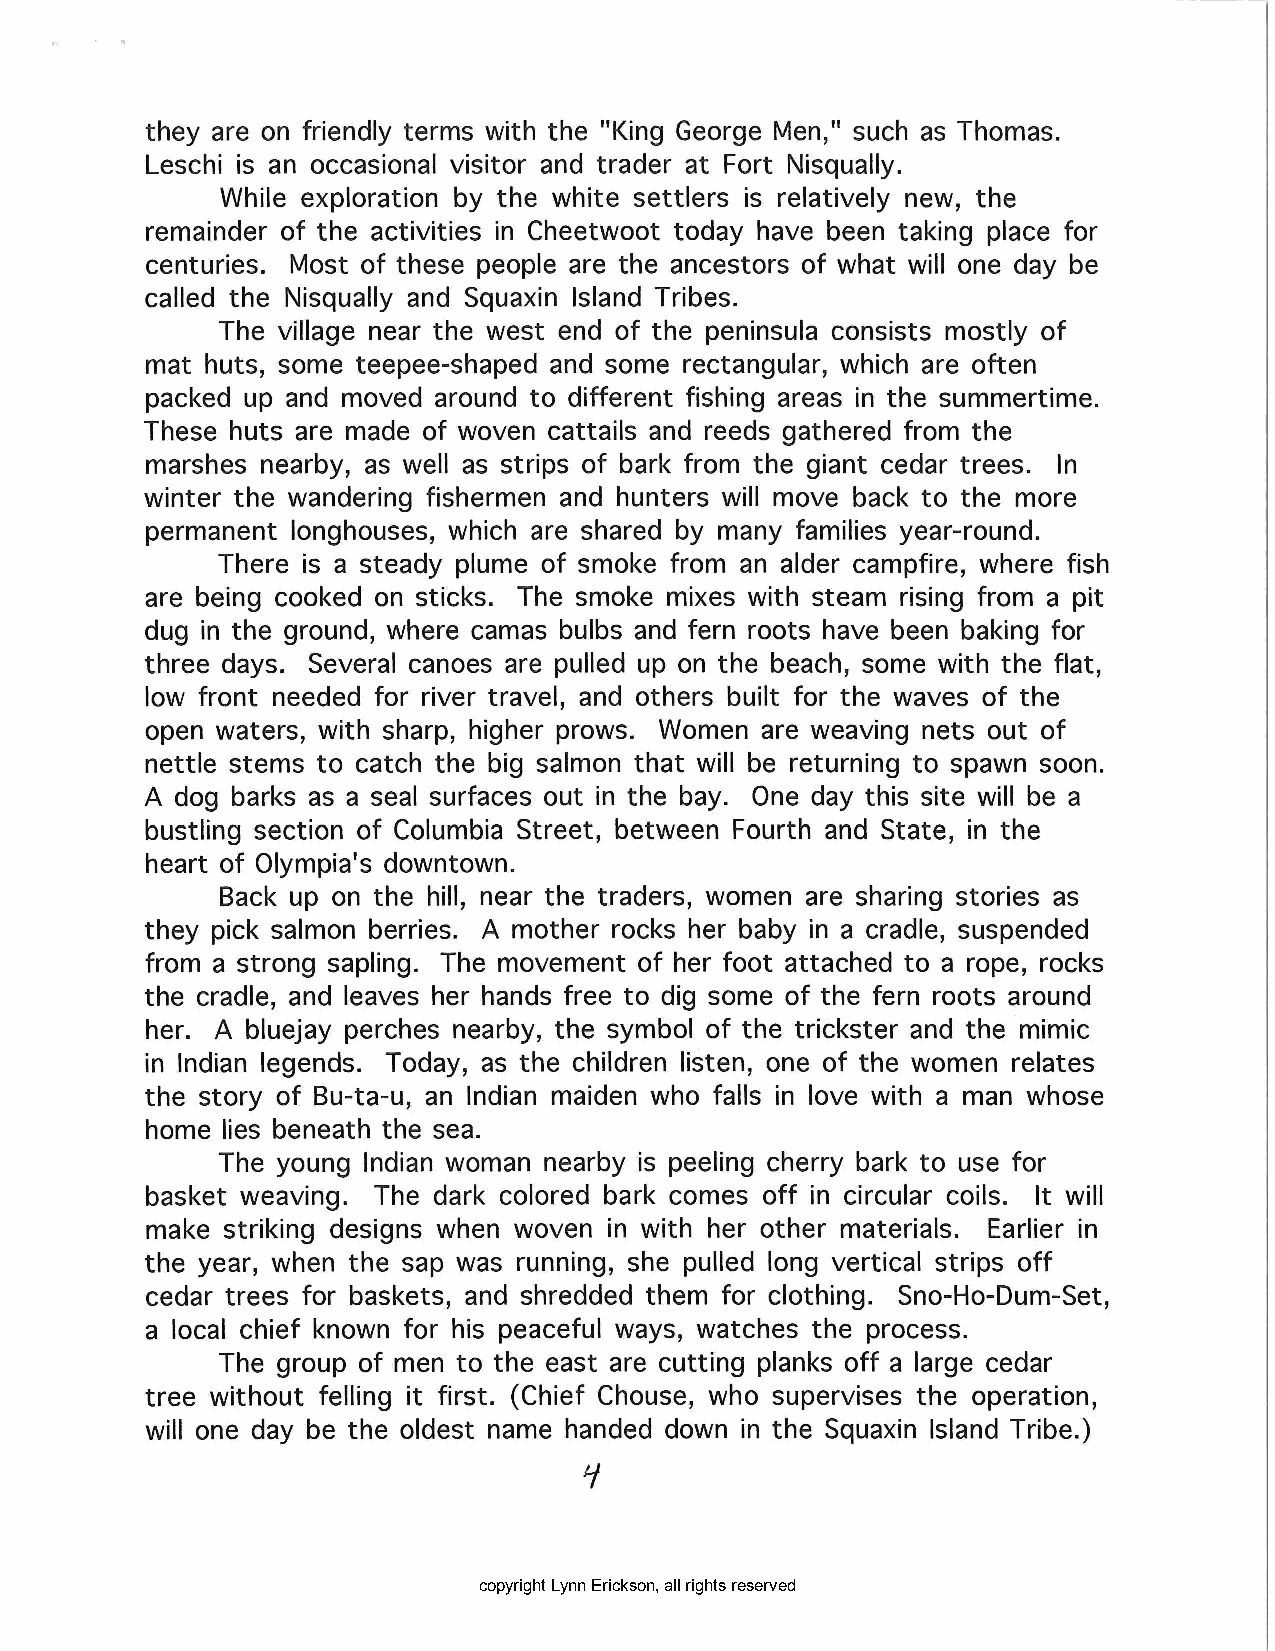
they are on friendly terms with the "King George Men, 11 such as Thomas.
 Leschi is an occasional visitor and trader at Fort Nisqually.
 While exploration by the white settlers is relatively new, the
 remainder of the activities in Cheetwoot today have been taking place for
 centuries. Most of these people are the ancestors of what will one day be
 called the Nisqually and Squaxin Island Tribes.
 The village near the west end of the peninsula consists mostly of
 mat huts, some teepee-shaped and some rectangular, which are often
 packed up and moved around to different fishing areas in the summertime.
 These huts are made of woven cattails and reeds gathered from the
 marshes nearby, as well as strips of bark from the giant cedar trees. In
 winter the wandering fishermen and hunters will move back to the more
 permanent longhouses, which are shared by many families year-round.
 There is a steady plume of smoke from an alder campfire, where fish
 are being cooked on sticks. The smoke mixes with steam rising from a pit
 dug in the ground, where camas bulbs and fern roots have been baking for
 three days. Several canoes are pulled up on the beach, some with the flat,
 low front needed for river travel, and others built for the waves of the
 open waters, with sharp, higher prows. Women are weaving nets out of
 nettle stems to catch the big salmon that will be returning to spawn soon.
 A dog barks as a seal surfaces out in the bay. One day this site will be a
 bustling section of Columbia Street, between Fourth and State, in the
 heart of Olympia's downtown.
 Back up on the hill, near the traders, women are sharing stories as
 they pick salmon berries. A mother rocks her baby in a cradle, suspended
 from a strong sapling. The movement of her foot attached to a rope, rocks
 the cradle, and leaves her hands free to dig some of the fern roots around
 her. A bluejay perches nearby, the symbol of the trickster and the mimic
 in Indian legends. Today, as the children listen, one of the women relates
 the story of Bu-ta-u, an Indian maiden who falls in love with a man whose
 home lies beneath the sea.
 The young Indian woman nearby is peeling cherry bark to use for
 basket weaving. The dark colored bark comes off in circular coils. It will
 make striking designs when woven in with her other materials. Earlier in
 the year, when the sap was running, she pulled long vertical strips off
 cedar trees for baskets, and shredded them for clothing. Sno-Ho-Dum-Set,
 a local chief known for his peaceful ways, watches the process.
 The group of men to the east are cutting planks off a large cedar
 tree without felling it first. (Chief Chouse, who supervises the operation,
 will one day be the oldest name handed down in the Squaxin Island Tribe.)
 1-/
 copyright Lynn Erickson, all rights reserved